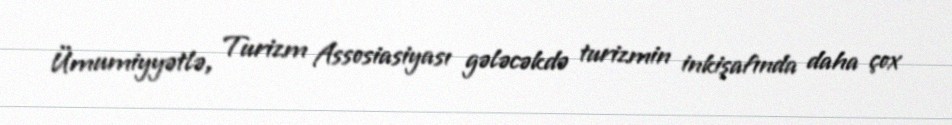
Ümumiyyətlə, Turizm Assosiasiyası gələcəkdə turizmin inkişafında daha çox